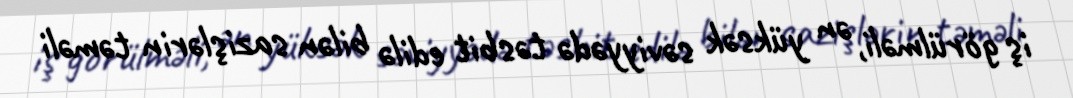
iş görülməli, ən yüksək səviyyədə təsbit edilə bilən sazişlərin təməli